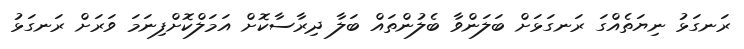
ރަނގަޅު ނިޔަތެއްގަ ރަނގަޅަށް ބަލަންވާ ބެލުންތައް ބަލާ ދިރާސާކޮށް އަމަލްކޮށްފިނަމަ ވަރަށް ރަނގަޅު